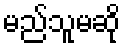
မည်သူမဆို